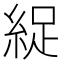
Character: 𫃥